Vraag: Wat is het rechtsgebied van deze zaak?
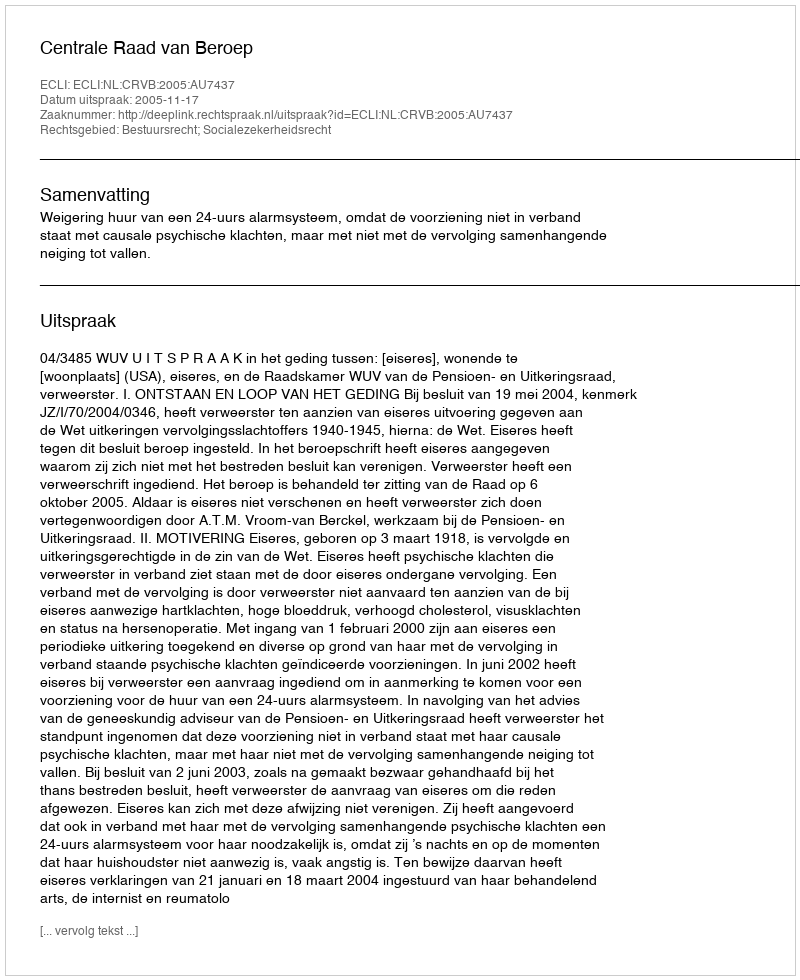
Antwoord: Bestuursrecht; Socialezekerheidsrecht